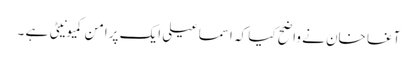
آغا خان نے واضح کیا کہ اسماعیلی ایک پرامن کمیونیٹی ہے ۔